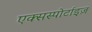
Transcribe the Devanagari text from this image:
एक्सस्पोर्टाइज़